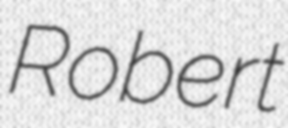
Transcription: Robert